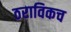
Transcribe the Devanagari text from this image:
ठराविकच